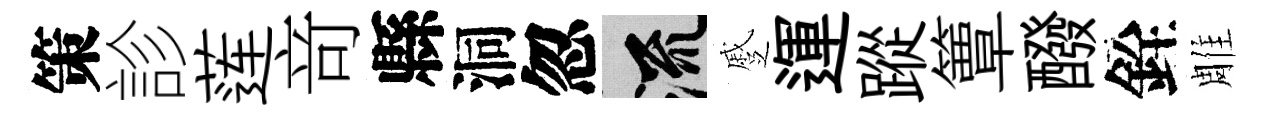
策診莲竒縣洞忽流蹙運蹤簟醱銓雕